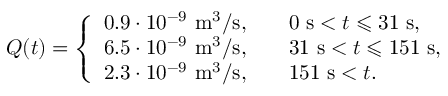
Q ( t ) = \left\{ \begin{array} { l l } { 0 . 9 \cdot 1 0 ^ { - 9 } \mathrm { ~ m } ^ { 3 } / \mathrm { s } , \quad } & { 0 \mathrm { ~ s } < t \leqslant 3 1 \mathrm { ~ s } , } \\ { 6 . 5 \cdot 1 0 ^ { - 9 } \mathrm { ~ m } ^ { 3 } / \mathrm { s } , \quad } & { 3 1 \mathrm { ~ s } < t \leqslant 1 5 1 \mathrm { ~ s } , } \\ { 2 . 3 \cdot 1 0 ^ { - 9 } \mathrm { ~ m } ^ { 3 } / \mathrm { s } , \quad } & { 1 5 1 \mathrm { ~ s } < t . } \end{array} \right.